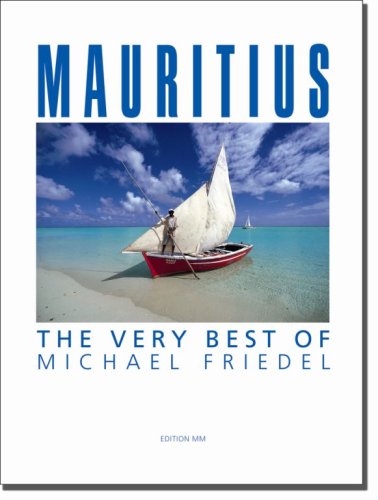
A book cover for Mauritius; Michael Friedel; Travel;